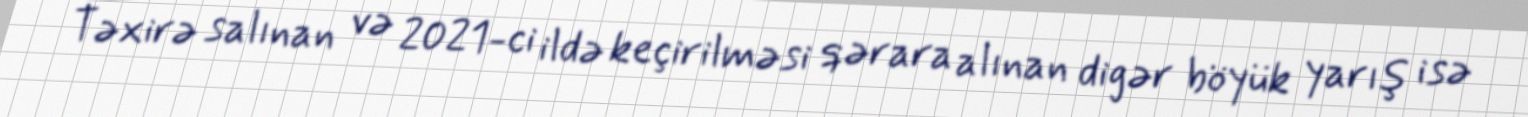
Təxirə salınan və 2021-ci ildə keçirilməsi qərara alınan digər böyük yarış isə